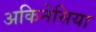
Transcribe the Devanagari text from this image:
अकिनेसिया